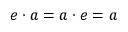
e \cdot a = a \cdot e = a